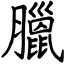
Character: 臘